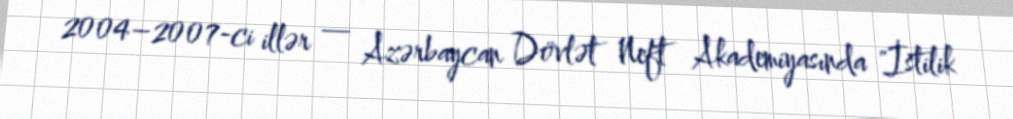
2004–2007-ci illər — Azərbaycan Dövlət Neft Akademiyasında "İstilik